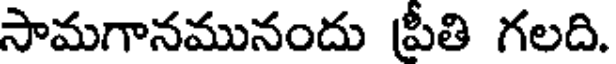
సామగానమునందు ప్రీతి గలది.